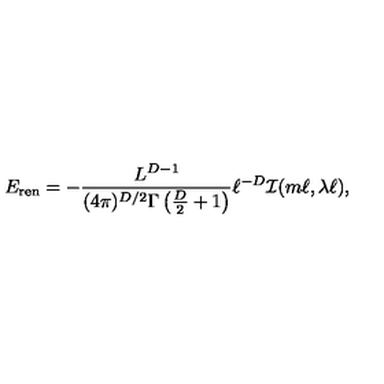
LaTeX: E _ { \mathrm { r e n } } = - \frac { L ^ { D - 1 } } { ( 4 \pi ) ^ { D / 2 } \Gamma \left( \frac { D } { 2 } + 1 \right) } \ell ^ { - D } { \cal I } ( m \ell , \lambda \ell ) ,